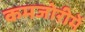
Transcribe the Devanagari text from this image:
कमजोरीमें